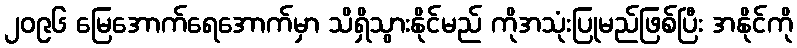
၂၀၉၆ မြေအောက်ရေအောက်မှာ သိရှိသွားနိုင်မည် ကိုအသုံးပြုမည်ဖြစ်ပြီး အနိုင်ကို